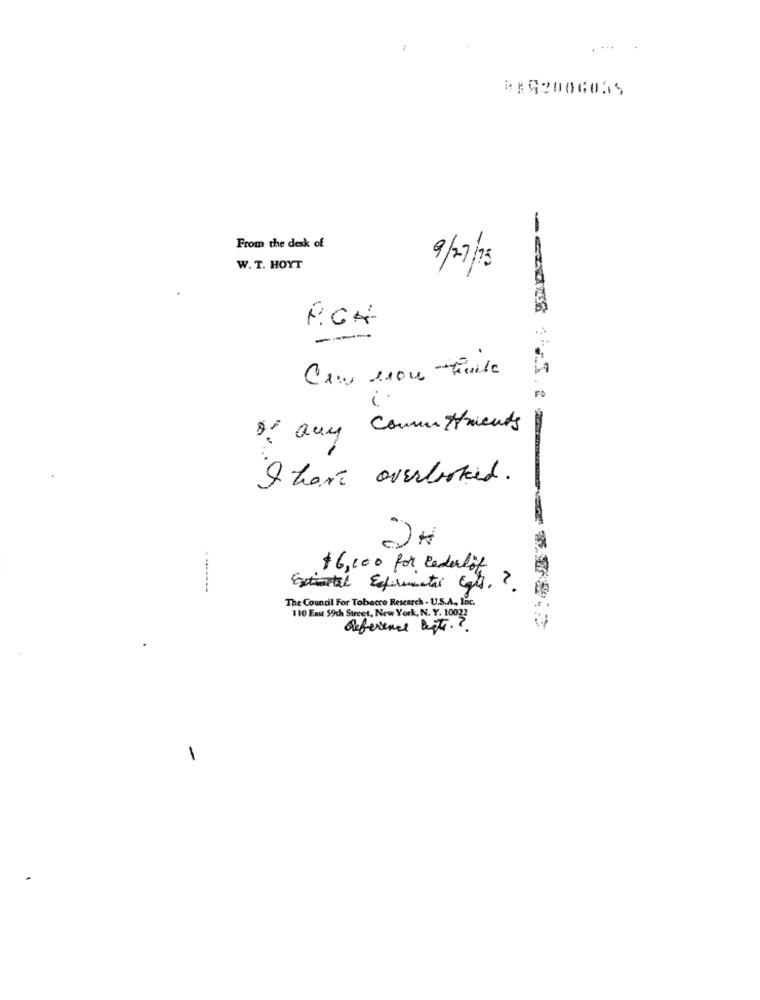
From the desk of
W. T. HOYT
9/27/75
----
Can non -huile
of any Commitments
I hen overbooked.
2H
$6,000 for cadelot
Extintas Experimentar (gis. 2.
The Council For Tobacco Research - U.S.A ., Inc.
110 East 59ch Stecet, New York, N. Y. 10022
Reference Beste .?.
1